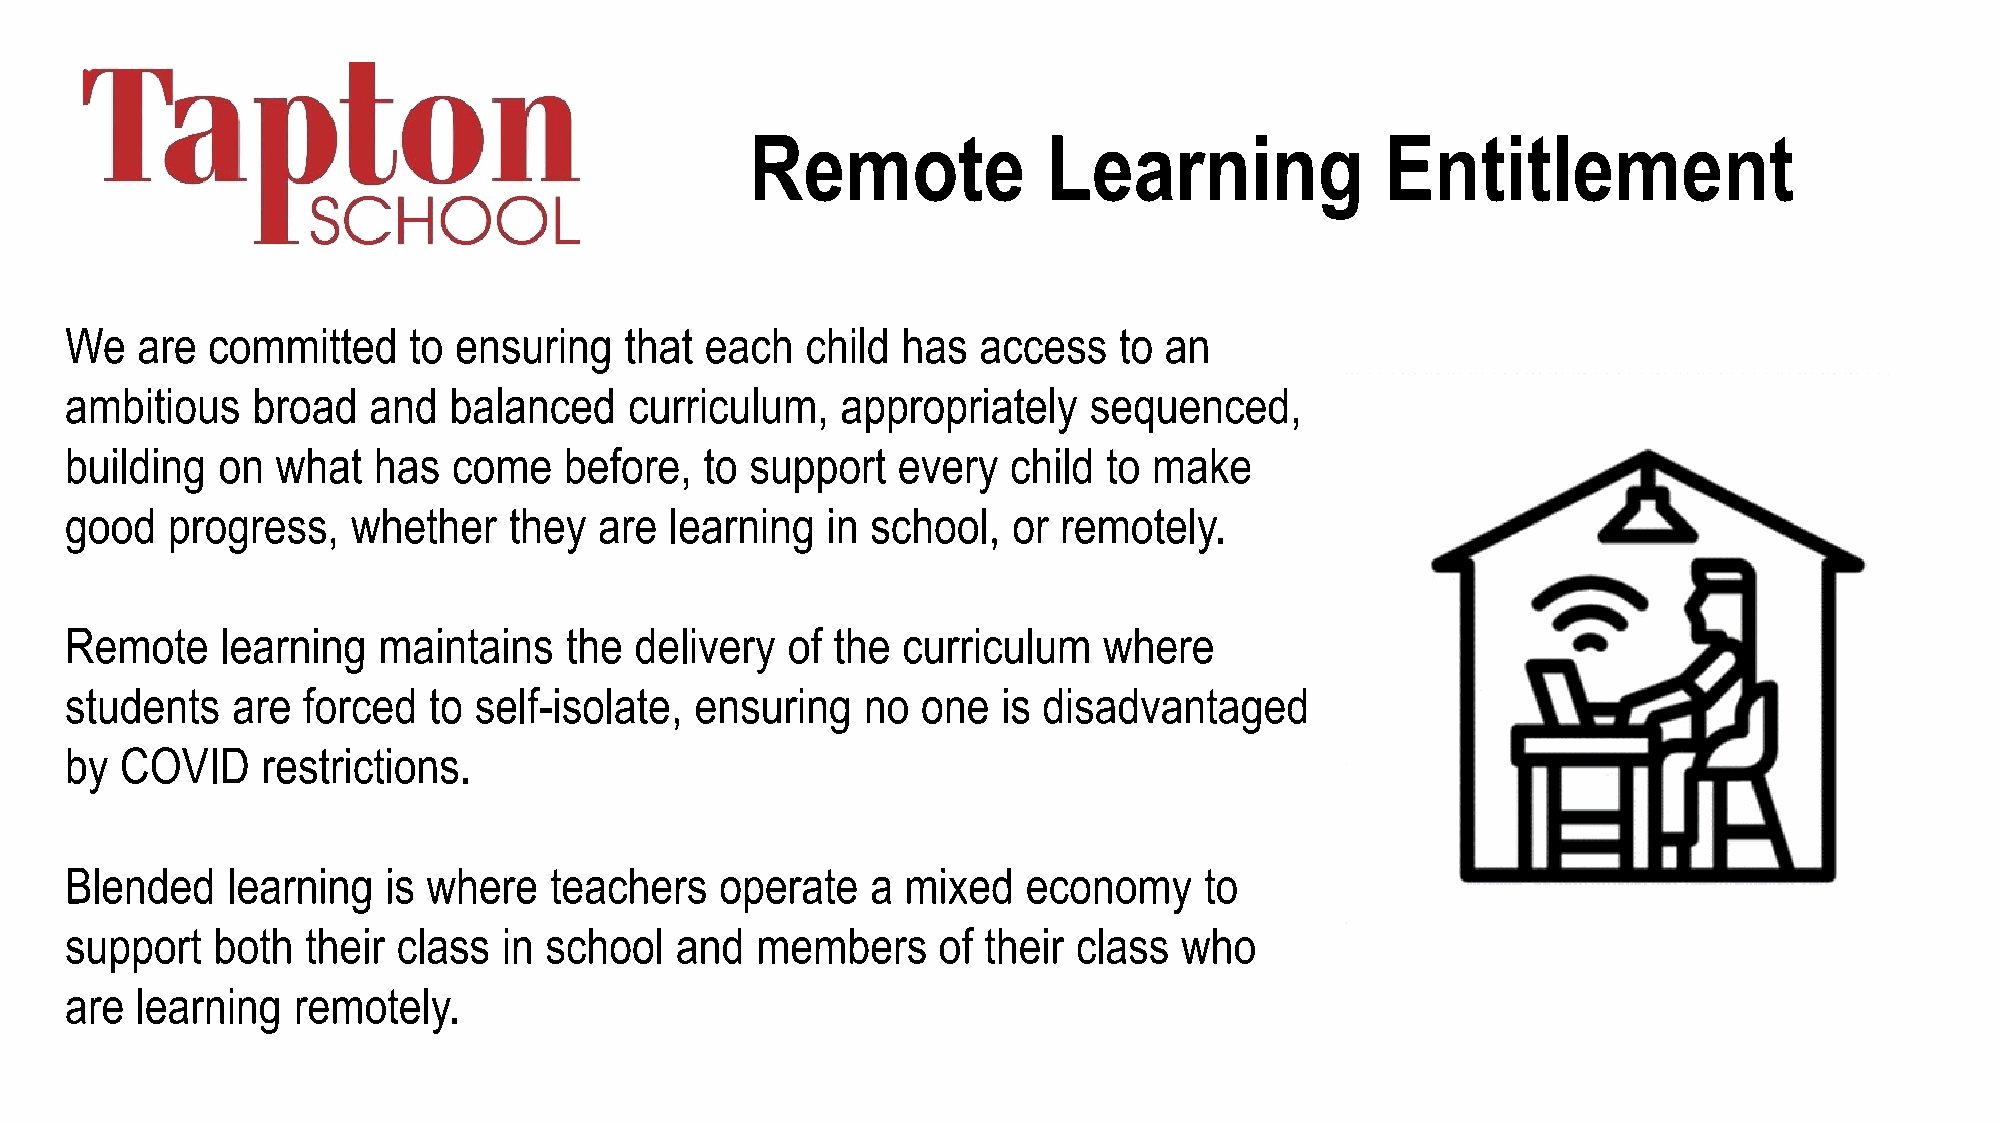
Remote             Learning               Entitlement
 We   are  committed    to ensuring   that  each  child  has  access   to an
 ambitious    broad  and   balanced    curriculum,   appropriately   sequenced,
 building  on  what   has  come   before,   to support  every   child to make
 good   progress,   whether    they  are learning   in school,  or remotely.
 Remote     learning  maintains   the  delivery  of the  curriculum   where
 students   are  forced  to self-isolate,  ensuring   no  one  is disadvantaged
 by  COVID    restrictions.
 Blended    learning  is where   teachers    operate   a mixed   economy     to
 support   both  their class  in school   and  members     of their class  who
 are  learning  remotely.